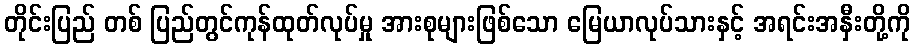
တိုင်းပြည် တစ် ပြည်တွင်ကုန်ထုတ်လုပ်မှု အားစုများဖြစ်သော မြေယာလုပ်သားနှင့် အရင်းအနှီးတို့ကို